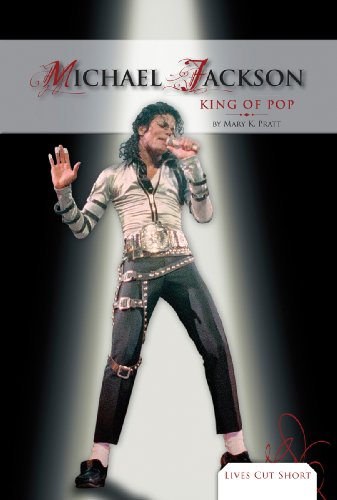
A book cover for Michael Jackson: King of Pop (Lives Cut Short); Mary K. Pratt; Teen & Young Adult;